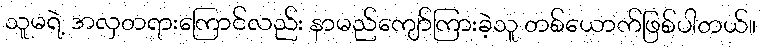
သူမရဲ့ အလှတရားကြောင်လည်း နာမည်ကျော်ကြားခဲ့သူ တစ်ယောက်ဖြစ်ပါတယ်။